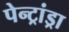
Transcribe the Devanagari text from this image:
पेन्ट्रांड्रा